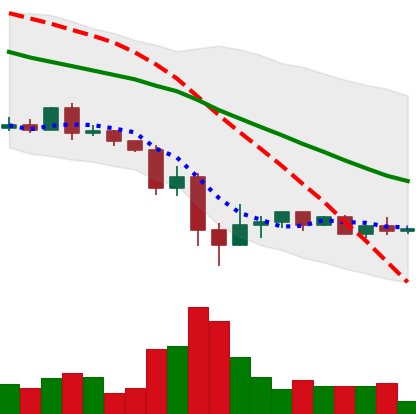
Ticker: XRP-USD
Chart end date: 2022-05-21
Forward return: -5.186%
Label: down_5_7